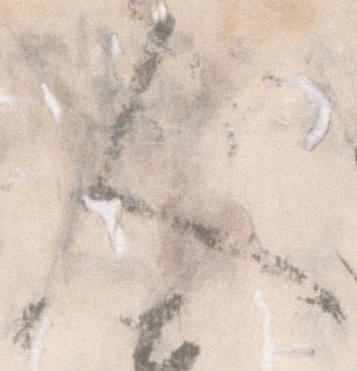
人